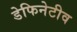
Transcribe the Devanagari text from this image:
डेफिनेटीव